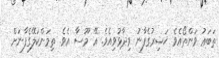
ތަބަޢު ވަންތޯއެވެ ޚަޟިރުގެފާނު ވިދާޅުވިއެވެ. އޭ މޫސާ އެވެ. ތިމަންކަލޭގެފާނަށް